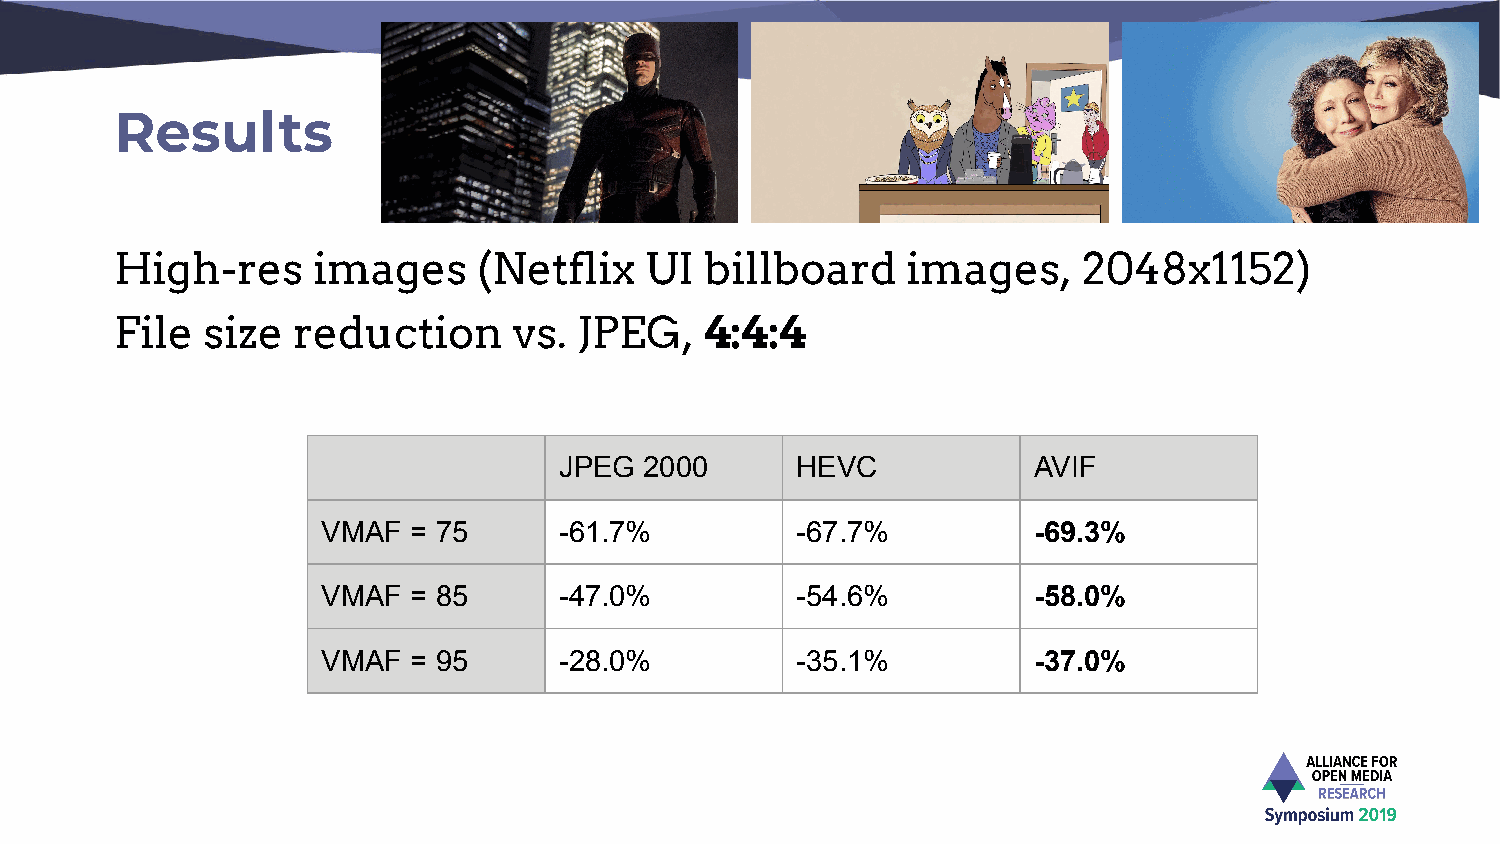
Results
 High-res     images     (Netflix   UI  billboard    images,     2048x1152)
 File size  reduction      vs. JPEG,    4:4:4
 JPEG  2000      HEVC           AVIF
 VMAF  = 75      -61.7%          -67.7%         -69.3%
 VMAF  = 85      -47.0%          -54.6%         -58.0%
 VMAF  = 95      -28.0%          -35.1%         -37.0%